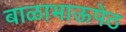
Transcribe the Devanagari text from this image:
बाळाभाऊपेठ